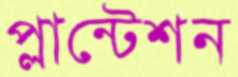
প্লান্টেশন